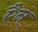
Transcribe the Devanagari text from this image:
एैन